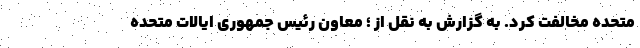
متحده مخالفت کرد. به گزارش به نقل از ؛ معاون رئیس جمهوری ایالات متحده